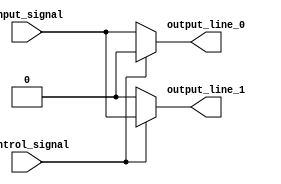
module demux_1to2 (
    input wire input_signal,
    input wire control_signal,
    output reg output_line_0,
    output reg output_line_1
);

always @(*)
begin
    if (control_signal == 1'b0)
    begin
        output_line_0 = input_signal;
        output_line_1 = 1'b0;
    end
    else
    begin
        output_line_0 = 1'b0;
        output_line_1 = input_signal;
    end
end

endmodule